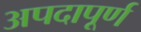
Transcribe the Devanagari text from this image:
अपदापूर्ण